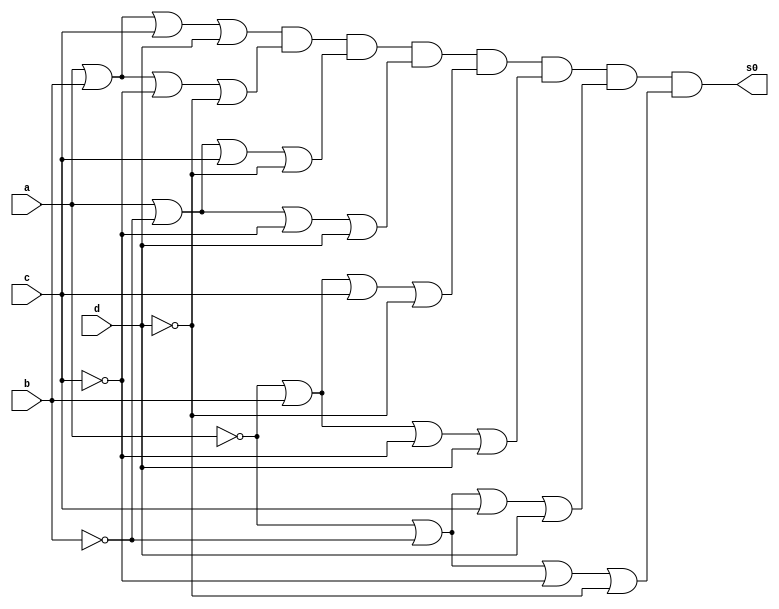
//----------------------------------------------
//-- Alvaro Henrique de Araujo Rungue - 395487
//-- Prova 01 - letra d
//----------------------------------------------


//-- Max termor s0
module s0maxtermos (s0,a,b,c,d);
output s0;
input a,b,c,d;
wire t1,t2,t3,t4,t5,t,t7,t8;


or OR1(t1,a,b,c,d);
or OR2(t2,a,b,~c,~d);
or OR3 (t3, a,~b,c,~d);
or OR4 (t4,a,~b,~c,d);
or OR5 (t5,~a,b,c,~d);
or OR6 (t6,~a,b,~c,d);
or OR7 (t7,~a,~b,c,d);
or OR8 (t8,~a,~b,~c,~d);


and AND1 (s0,t1,t2,t3,t4,t5,t6,t7,t8); 


endmodule //fim s0mintermos

//-- Inicio teste s0

module testes0;

wire s0;
reg a,b,c,d;

s0maxtermos Teste (s0,a,b,c,d);

 initial begin
 	   $display("\nAlvaro Henrique - 395487 \n");
      $display("\na  b   c   d  s0\n");
      $monitor("%b  %b   %b   %b  %b", a, b, c, d, s0);
  
	     a=0; b=0; c=0; d=0;  
    #1  a=0; b=0; c=0; d=1;
    #1  a=0; b=0; c=1; d=0;
    #1  a=0; b=0; c=1; d=1;
    #1  a=0; b=1; c=0; d=0;
 	 #1  a=0; b=1; c=0; d=1;
    #1  a=0; b=1; c=1; d=0;
    #1  a=0; b=1; c=1; d=1;
    #1  a=1; b=0; c=0; d=0;
    #1  a=1; b=0; c=0; d=1;
    #1  a=1; b=0; c=1; d=0;
    #1  a=1; b=0; c=1; d=1;
    #1  a=1; b=1; c=0; d=0;
    #1  a=1; b=1; c=0; d=1;
    #1  a=1; b=1; c=1; d=0;
    #1  a=1; b=1; c=1; d=1;


        
    end
    endmodule